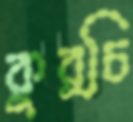
কুর্চি